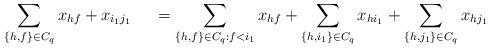
LaTeX: \begin{align*}&\sum\limits_{\{h,f\} \in C_q} x_{hf} + x_{i_1j_1}& = \sum\limits_{\{h, f \} \in C_q: f < i_1} x_{hf} +\sum\limits_{\{h, i_1\} \in C_q} x_{hi_1}+\sum\limits_{\{h, j_1\} \in C_q} x_{hj_1}\end{align*}